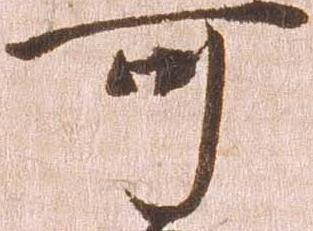
可